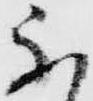
不